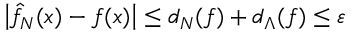
\left| \hat { f } _ { N } ( x ) - f ( x ) \right| \le d _ { N } ( f ) + d _ { \Lambda } ( f ) \le \varepsilon